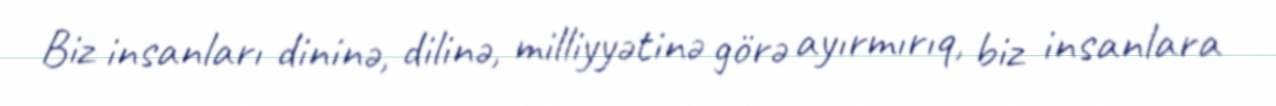
Biz insanları dininə, dilinə, milliyyətinə görə ayırmırıq, biz insanlara